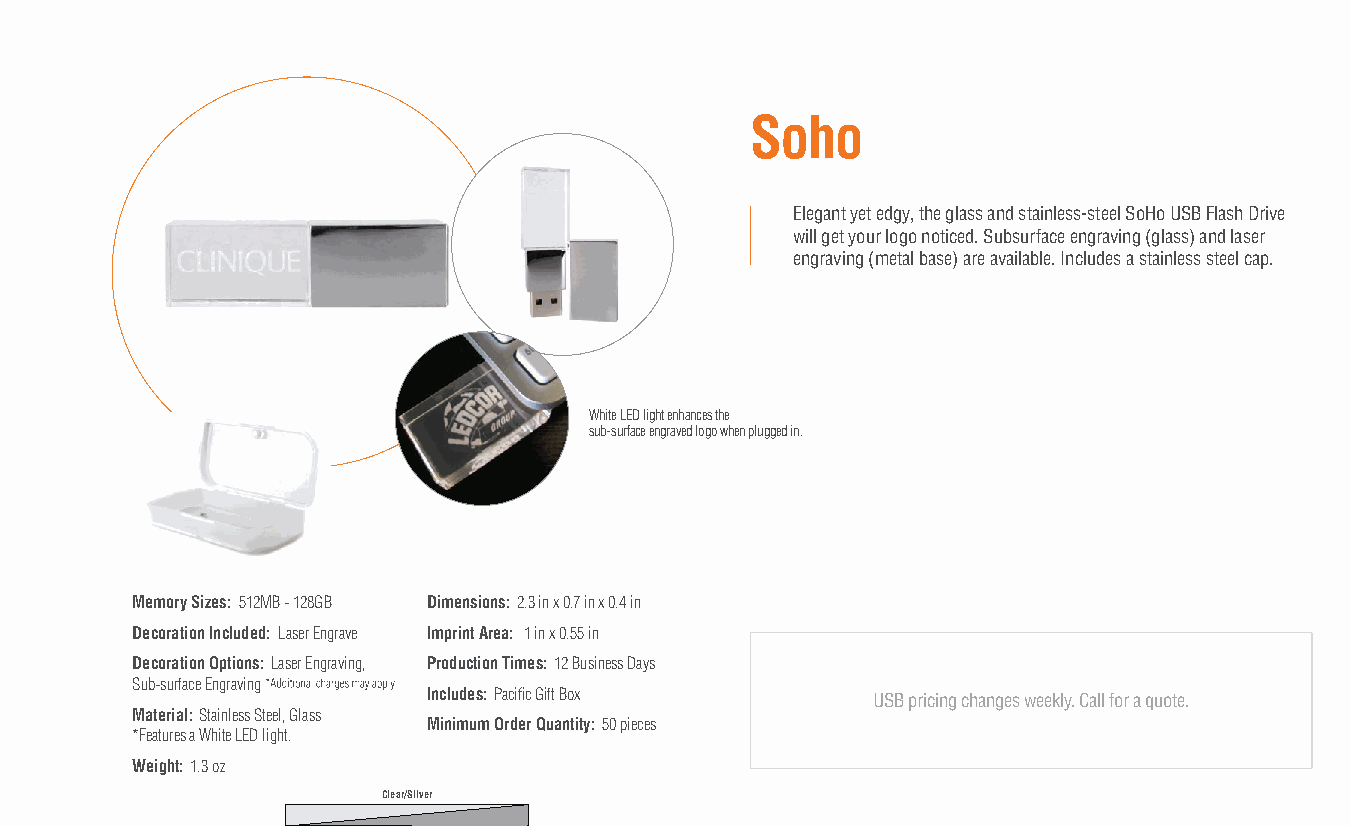
Soho
 Elegant yet edgy, the glass and stainless-steel SoHo USB Flash Drive
 will get your logo noticed. Subsurface engraving (glass) and laser
 engraving (metal base) are available. Includes a stainless steel cap.
 White LED light enhances the
 sub-surface engraved logo when plugged in.
 Memory Sizes: 512MB - 128GB Dimensions: 2.3 in x 0.7 in x 0.4 in
 Decoration Included: Laser Engrave Imprint Area: 1 in x 0.55 in
 Decoration Options: Laser Engraving, Production Times: 12 Business Days
 Sub-surface Engraving
 Includes: Pacific Gift Box    USB pricing changes weekly. Call for a quote.
 Material: Stainless Steel, Glass
 Minimum Order Quantity: 50 pieces
 *Features a White LED light.
 Weight: 1.3 oz
 Clear/Silver